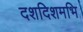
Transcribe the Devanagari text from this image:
दशदिशमभि